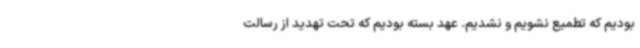
بودیم که تطمیع نشویم و نشدیم. عهد بسته بودیم که تحت تهدید از رسالت